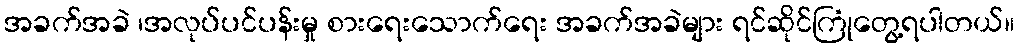
အခက်အခဲ ၊အလုပ်ပင်ပန်းမှု စားရေးသောက်ရေး အခက်အခဲများ ရင်ဆိုင်ကြုံတွေ့ရပါတယ်။